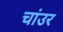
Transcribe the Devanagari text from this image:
चांउर